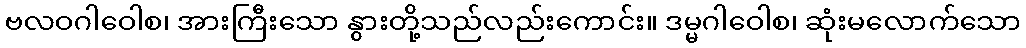
ဗလဝဂါဝေါစ၊ အားကြီးသော နွားတို့သည်လည်းကောင်း။ ဒမ္မဂါဝေါစ၊ ဆုံးမလောက်သော